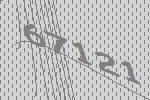
67121